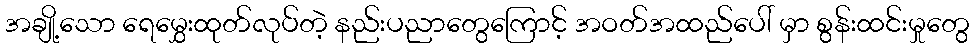
အချို့သော ရေမွှေးထုတ်လုပ်တဲ့ နည်းပညာတွေကြောင့် အဝတ်အထည်ပေါ် မှာ စွန်းထင်းမှုတွေ